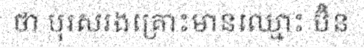
ថា បុរសរងគ្រោះមានឈ្មោះ ប៊ិន